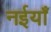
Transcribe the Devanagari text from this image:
नईयाँ